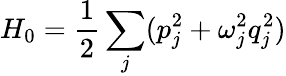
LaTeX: H_{0}=\frac{1}{2}\sum_{j}(p_{j}^{2}+\omega_{j}^{2}q_{j}^{2})